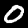
Digit: 0